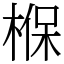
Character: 椺